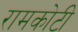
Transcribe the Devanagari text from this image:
रामकोटी